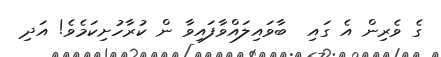
ގެ ވެރިން އެ ގައި  ބާވައިލައްވާފައިވާ ން ކުރާހުށިކަމެވެ! އަދި